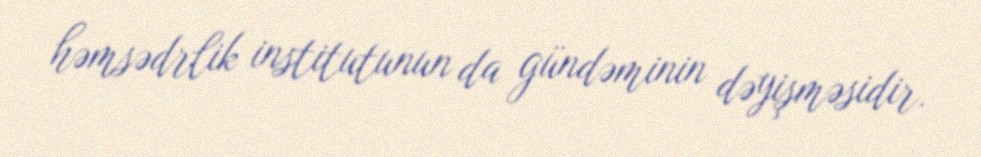
həmsədrlik institutunun da gündəminin dəyişməsidir.